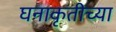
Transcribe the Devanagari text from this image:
घनाकृतीच्या